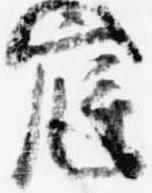
庭